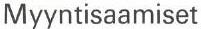
Myyntisaamiset